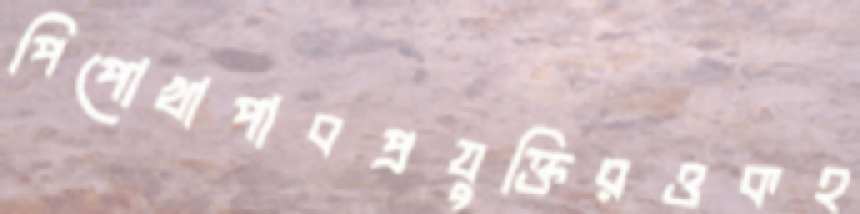
পিপোখাপাবপ্রযুক্তিরওকহ